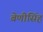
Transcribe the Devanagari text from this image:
बेणीसिंह